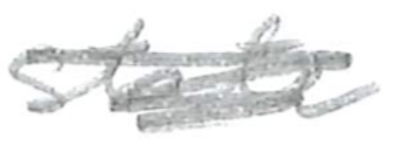
Text: state
Cross-out: scratch
Writing tool: pencil